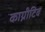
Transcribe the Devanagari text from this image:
काग्नीटिव